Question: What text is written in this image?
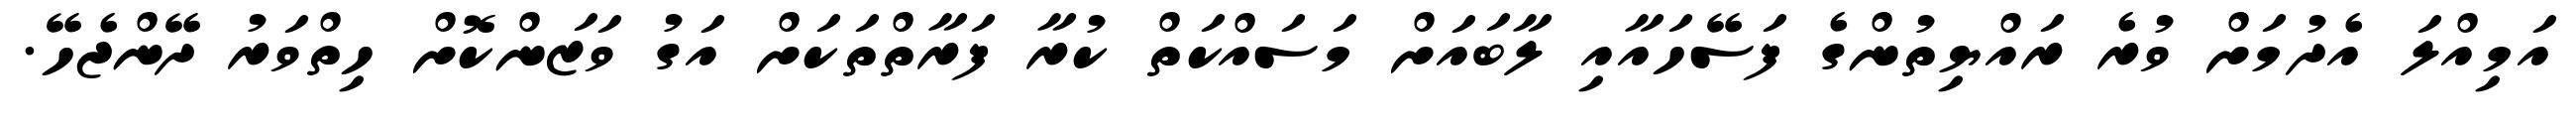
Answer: އަމިއްލަ އެދުމަށް ވުރެ ރައްޔިތުންގެ ފަސޭހައާއި ލާބައަށް މަސައްކަތް ކުރާ ފަރާތްތަކަށް އަގު ވަޒަންކޮށް ހިތްވަރު ދޭންޖެހޭ.